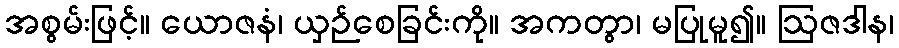
အစွမ်းဖြင့်။ ယောဇနံ၊ ယှဉ်စေခြင်းကို။ အကတွာ၊ မပြုမူ၍။ ဩဇဒါန၊